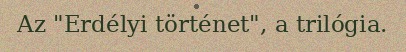
Az "Erdélyi történet", a trilógia.